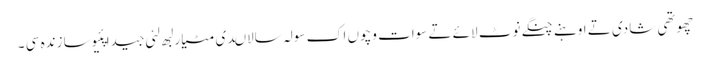
چھوتھی شادی تے اوہنے چنگے نوٹ لائے تے سوات وچوں اک سولہ سالاںدی مٹیار لبھ لئی جیدا پئیوسا زندہ سی ۔